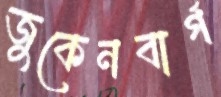
জুকেনবার্গ